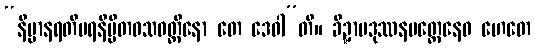
“နိမ္မာနရတိပရနိမ္မိတဝသဝတ္တိနော တေ ဒေဝါ”တိ။ ခိဍ္ဍာပဒုဿနမတ္တေနေဝ ဟေတေ